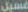
غسيل